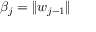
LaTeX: \beta _ { j } = \| w _ { j - 1 } \|